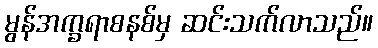
မွန်အက္ခရာစနစ်မှ ဆင်းသက်လာသည်။